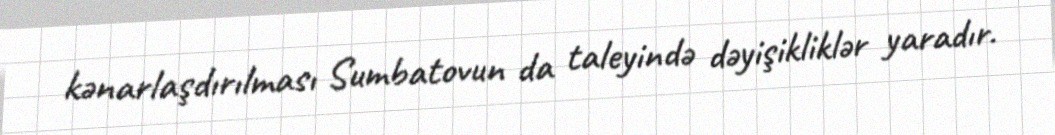
kənarlaşdırılması Sumbatovun da taleyində dəyişikliklər yaradır.